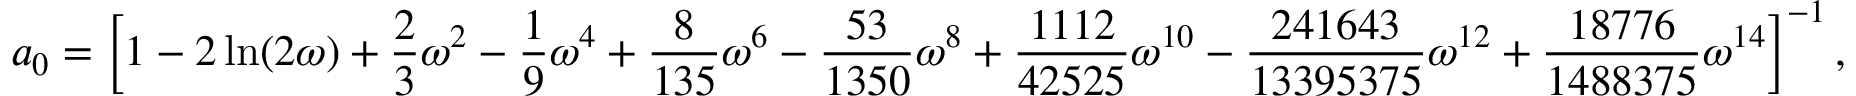
a _ { 0 } = \left[ 1 - 2 \ln ( 2 \omega ) + \frac { 2 } { 3 } \omega ^ { 2 } - \frac { 1 } { 9 } \omega ^ { 4 } + \frac { 8 } { 1 3 5 } \omega ^ { 6 } - \frac { 5 3 } { 1 3 5 0 } \omega ^ { 8 } + \frac { 1 1 1 2 } { 4 2 5 2 5 } \omega ^ { 1 0 } - \frac { 2 4 1 6 4 3 } { 1 3 3 9 5 3 7 5 } \omega ^ { 1 2 } + \frac { 1 8 7 7 6 } { 1 4 8 8 3 7 5 } \omega ^ { 1 4 } \right] ^ { - 1 } ,